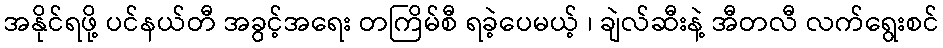
အနိုင်ရဖို့ ပင်နယ်တီ အခွင့်အရေး တကြိမ်စီ ရခဲ့ပေမယ့် ၊ ချဲလ်ဆီးနဲ့ အီတလီ လက်ရွေးစင်